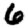
Digit: 6